画像に写った文字を読んでください
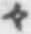
「々」と書いてあります